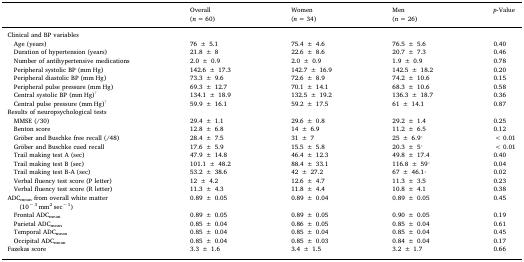
<table><thead><tr><td></td><td><b>Overall(<i>n</i> = 60)</b></td><td><b>Women(<i>n</i> = 34)</b></td><td><b>Men(<i>n</i> = 26)</b></td><td><b><i>p</i>-Value</b></td></tr></thead><tbody><tr><td>Clinical and BP variables</td><td></td><td></td><td></td><td></td></tr><tr><td> Age (years)</td><td>76 ± 5.1</td><td>75.4 ± 4.6</td><td>76.5 ± 5.6</td><td>0.40</td></tr><tr><td> Duration of hypertension (years)</td><td>21.8 ± 8</td><td>22.6 ± 8.6</td><td>20.7 ± 7.3</td><td>0.46</td></tr><tr><td> Number of antihypertensive medications</td><td>2.0 ± 0.9</td><td>2.0 ± 0.9</td><td>1.9 ± 0.9</td><td>0.78</td></tr><tr><td> Peripheral systolic BP (mm Hg)</td><td>142.6 ± 17.3</td><td>142.7 ± 16.9</td><td>142.5 ± 18.2</td><td>0.20</td></tr><tr><td> Peripheral diastolic BP (mm Hg)</td><td>73.3 ± 9.6</td><td>72.6 ± 8.9</td><td>74.2 ± 10.6</td><td>0.15</td></tr><tr><td> Peripheral pulse pressure (mm Hg)</td><td>69.3 ± 12.7</td><td>70.1 ± 14.1</td><td>68.3 ± 10.6</td><td>0.58</td></tr><tr><td> Central systolic BP (mm Hg)†</td><td>134.1 ± 18.9</td><td>132.5 ± 19.2</td><td>136.3 ± 18.7</td><td>0.36</td></tr><tr><td> Central pulse pressure (mm Hg)†</td><td>59.9 ± 16.1</td><td>59.2 ± 17.5</td><td>61 ± 14.1</td><td>0.87</td></tr><tr><td>Results of neuropsychological tests</td><td></td><td></td><td></td><td></td></tr><tr><td> MMSE (/30)</td><td>29.4 ± 1.1</td><td>29.6 ± 0.8</td><td>29.2 ± 1.4</td><td>0.25</td></tr><tr><td> Benton score</td><td>12.8 ± 6.8</td><td>14 ± 6.9</td><td>11.2 ± 6.5</td><td>0.12</td></tr><tr><td> Gröber and Buschke free recall (/48)</td><td>28.4 ± 7.5</td><td>31 ± 7</td><td>25 ± 6.9⁎</td><td>&lt; 0.01</td></tr><tr><td> Gröber and Buschke cued recall</td><td>17.6 ± 5.9</td><td>15.5 ± 5.8</td><td>20.3 ± 5⁎</td><td>&lt; 0.01</td></tr><tr><td> Trail making test A (sec)</td><td>47.9 ± 14.8</td><td>46.4 ± 12.3</td><td>49.8 ± 17.4</td><td>0.40</td></tr><tr><td> Trail making test B (sec)</td><td>101.1 ± 48.2</td><td>88.4 ± 33.1</td><td>116.8 ± 59⁎</td><td>0.04</td></tr><tr><td> Trail making test B-A (sec)</td><td>53.2 ± 38.6</td><td>42 ± 27.2</td><td>67 ± 46.1⁎</td><td>0.02</td></tr><tr><td> Verbal fluency test score (P letter)</td><td>12 ± 4.2</td><td>12.6 ± 4.7</td><td>11.3 ± 3.5</td><td>0.23</td></tr><tr><td> Verbal fluency test score (R letter)</td><td>11.3 ± 4.3</td><td>11.8 ± 4.4</td><td>10.8 ± 4.1</td><td>0.38</td></tr><tr><td>ADC<sub>mean</sub> from overall white matter(10<sup>− 3</sup> mm<sup>2</sup> sec<sup>− 1</sup>)</td><td>0.89 ± 0.05</td><td>0.89 ± 0.04</td><td>0.89 ± 0.05</td><td>0.45</td></tr><tr><td> Frontal ADC<sub>mean</sub></td><td>0.89 ± 0.05</td><td>0.89 ± 0.05</td><td>0.90 ± 0.05</td><td>0.19</td></tr><tr><td> Parietal ADC<sub>mean</sub></td><td>0.85 ± 0.04</td><td>0.86 ± 0.05</td><td>0.85 ± 0.04</td><td>0.61</td></tr><tr><td> Temporal ADC<sub>mean</sub></td><td>0.85 ± 0.04</td><td>0.85 ± 0.04</td><td>0.85 ± 0.04</td><td>0.45</td></tr><tr><td> Occipital ADC<sub>mean</sub></td><td>0.85 ± 0.04</td><td>0.85 ± 0.03</td><td>0.84 ± 0.04</td><td>0.17</td></tr><tr><td>Fazekas score</td><td>3.3 ± 1.6</td><td>3.4 ± 1.5</td><td>3.2 ± 1.7</td><td>0.66</td></tr></tbody></table>